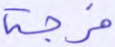
فرجة